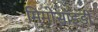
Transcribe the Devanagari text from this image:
मिमोसॉइडी